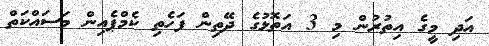
އަދި މީގެ އިތުރުން މި 3 އަތޮޅުގެ ދޭތިން ފަހެތި ކެމްޕެއިން މަސައްކަތް